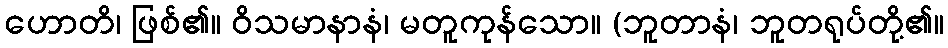
ဟောတိ၊ ဖြစ်၏။ ဝိသမာနာနံ၊ မတူကုန်သော။ (ဘူတာနံ၊ ဘူတရုပ်တို့၏။